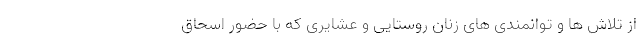
از تلاش ها و توانمندی های زنان روستایی و عشایری که با حضور اسحاق